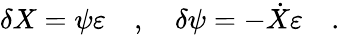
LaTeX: \delta X=\psi\varepsilon\quad,\quad\delta\psi=-\dot{X}\varepsilon\quad.